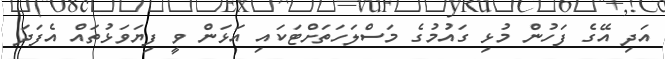
އަދި އޭގެ ފަހުން މުޅި ގައުމުގެ މަސްލަހަތަށްޓަކައި އަޅަން ވީ ފިޔަވަޅުތައް އެފަދަ